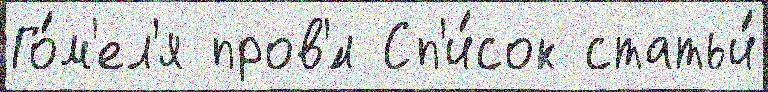
Го́м'ел'я пров'́л Сп'и́сок статьи́